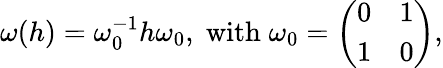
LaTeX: \omega(h)=\omega_{0}^{-1}h\omega_{0},\; \mathrm{with}\; \omega_{0}=\left(\begin{array}{cc}{{0}}&{{1}}\\ {{1}}&{{0}}\end{array}\right),